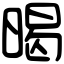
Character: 暍